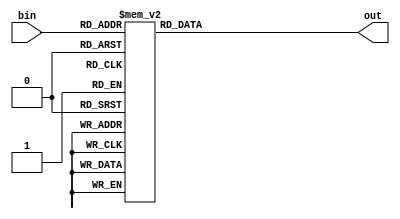
/*
   This file was generated automatically by the Mojo IDE version B1.3.6.
   Do not edit this file directly. Instead edit the original Lucid source.
   This is a temporary file and any changes made to it will be destroyed.
*/

module bin_to_seg_12 (
    input [3:0] bin,
    output reg [7:0] out
  );
  
  
  
  always @* begin
    
    case (bin)
      1'h0: begin
        out = 8'h3f;
      end
      1'h1: begin
        out = 8'h06;
      end
      2'h2: begin
        out = 8'h5b;
      end
      2'h3: begin
        out = 8'h4f;
      end
      3'h4: begin
        out = 8'h66;
      end
      3'h5: begin
        out = 8'h6d;
      end
      3'h6: begin
        out = 8'h7d;
      end
      3'h7: begin
        out = 8'h07;
      end
      4'h8: begin
        out = 8'h7f;
      end
      4'h9: begin
        out = 8'h6f;
      end
      default: begin
        out = 8'h00;
      end
    endcase
  end
endmodule